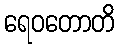
ရေဝတောတိ